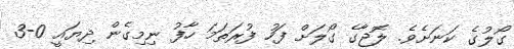
ގޯލުގެ ކަނަށެވެ. ލޮޖާގެ ގޯލަށް ފަހު ފުރަތަމަ ހާފު ނިމިގެން ދިޔައީ 0-3